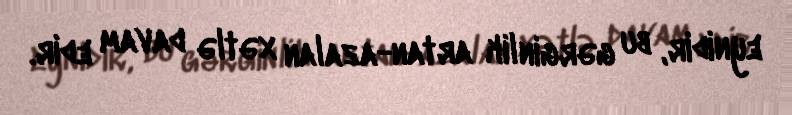
eynidir, bu gərginlik artan-azalan xətlə davam edir.